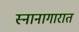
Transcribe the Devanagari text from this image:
स्नानागारात